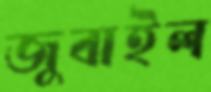
জুবাইল